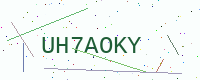
Text: UH7AOKY